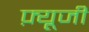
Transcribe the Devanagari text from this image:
फ़्यूजी